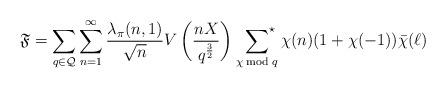
LaTeX: \begin{align*}\mathfrak{F}=\sum_{q\in\mathcal{Q}}\sum_{n=1}^\infty \frac{\lambda_\pi(n,1)}{\sqrt{n}}V\left(\frac{nX}{q^{\frac{3}{2}}}\right)\;\sideset{}{^\star}\sum_{\chi\bmod{q}}\chi(n)(1+\chi(-1))\bar\chi(\ell)\end{align*}